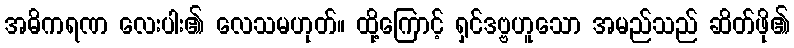
အဓိကရဏ လေးပါး၏ လေသမဟုတ်။ ထို့ကြောင့် ရှင်ဒဗ္ဗဟူသော အမည်သည် ဆိတ်ဖို၏